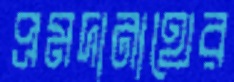
প্রমদানাথের